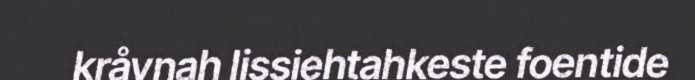
kråvnah lissiehtahkeste foentide